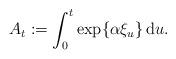
LaTeX: \begin{align*} A_t:=\int_0^t \exp\{\alpha \xi_u\}\,{\rm d}u. \end{align*}